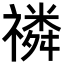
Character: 𥛷